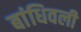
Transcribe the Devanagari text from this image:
बांधिवली